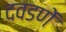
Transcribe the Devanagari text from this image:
दवडणें